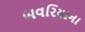
બવરિયાના